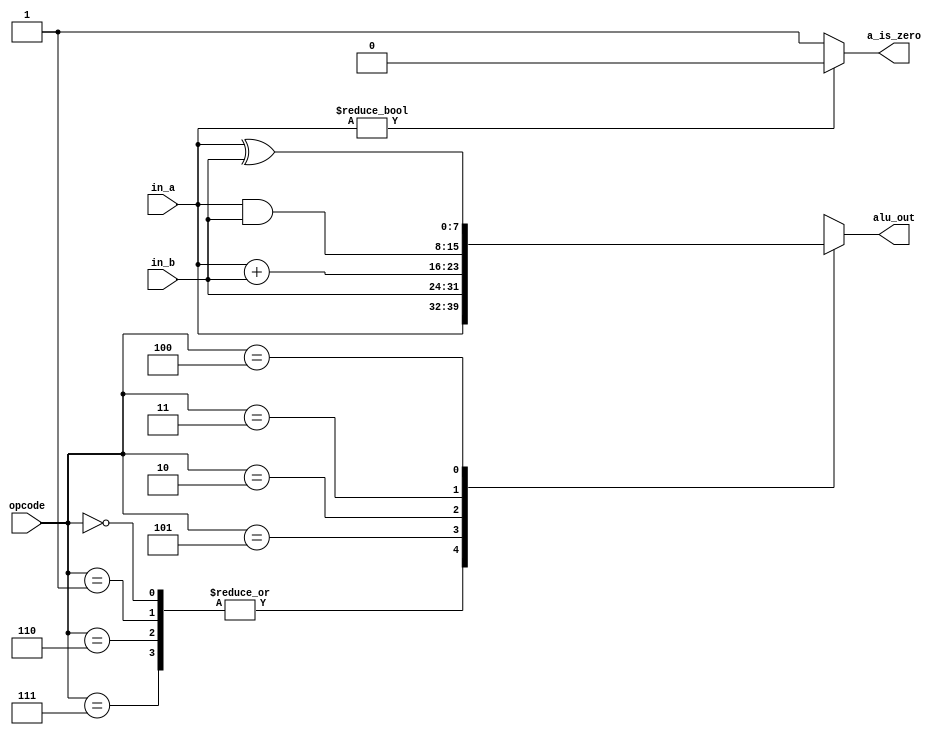
`timescale 1ns / 1ps
//////////////////////////////////////////////////////////////////////////////////
// Company: 
// Engineer: 
// 
// Design Name: 
// Module Name: alu
// Project Name: 
// Target Devices: 
// Tool Versions: 
// Description: 
// 
// Dependencies: 
// 
// Revision:
// Revision 0.01 - File Created
// Additional Comments:
// 
//////////////////////////////////////////////////////////////////////////////////


module alu
#(parameter width = 8)
(
input wire [width - 1:0] in_a, in_b,
input wire [2:0] opcode,
output reg [width-1:0] alu_out,
output a_is_zero
    );
    assign a_is_zero = in_a ? 0 : 1;
    always @(*)
    begin
        case(opcode)
            3'b000, 3'b001, 3'b110, 3'b111 : alu_out = in_a;
            3'b101 : alu_out = in_b;
            3'b010 : alu_out = in_a + in_b;
            3'b011 : alu_out = in_a & in_b;
            3'b100 : alu_out = in_a ^ in_b;
            default : alu_out = in_a;
        endcase
    end
endmodule